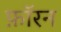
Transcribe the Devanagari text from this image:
फ़ॉरन